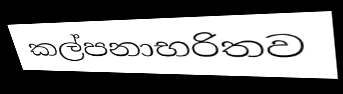
කල්පනාභරිතව